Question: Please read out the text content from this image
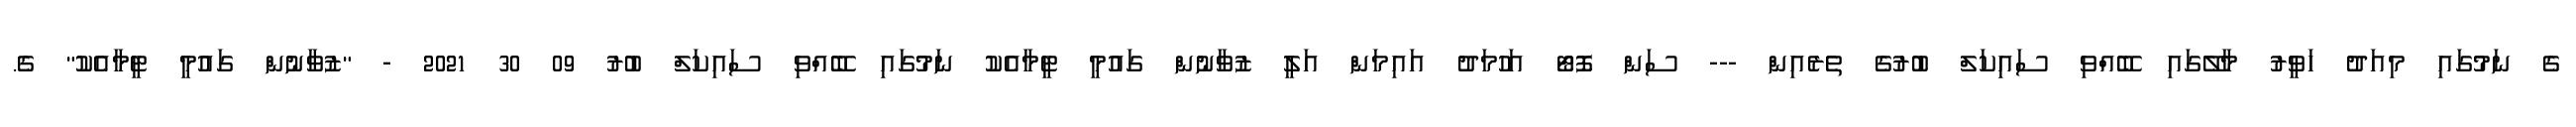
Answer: ގެ ނަމުގައި މިއަދު ހަވީރު މާލޭގައި ބޭއްވި ސައިކަލް ބުރުގެ ތެރެއިން --- ސަން ފޮޓޯ އަހުމަދު އައިމަން އަލީ ޒުވާނުން ގައުމީ ޓީމާއެކު ނަމުގައި ބޭއްވި ސައިކަލް ބުރު 09 30 2021 - "ޒުވާނުން ގައުމީ ޓީމާއެކު" ގެ.